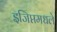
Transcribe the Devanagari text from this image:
इजिप्तमधले